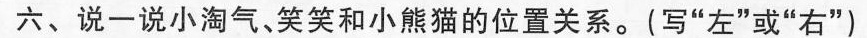
六、说一说小淘气、笑笑和小熊猫的位置关系。(写”左”或”右”)